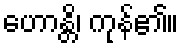
ဟောန္တိ၊ ကုန်၏။